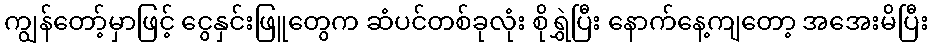
ကျွန်တော့်မှာဖြင့် ငွေနှင်းဖြူတွေက ဆံပင်တစ်ခုလုံး စိုရွှဲပြီး နောက်နေ့ကျတော့ အအေးမိပြီး